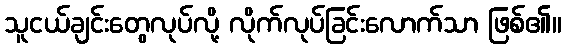
သူငယ်ချင်းတွေလုပ်လို့ လိုက်လုပ်ခြင်းလောက်သာ ဖြစ်၏။